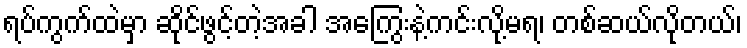
ရပ်ကွက်ထဲမှာ ဆိုင်ဖွင့်တဲ့အခါ အကြွေးနဲ့ကင်းလို့မရ၊ တစ်ဆယ်လိုတယ်၊